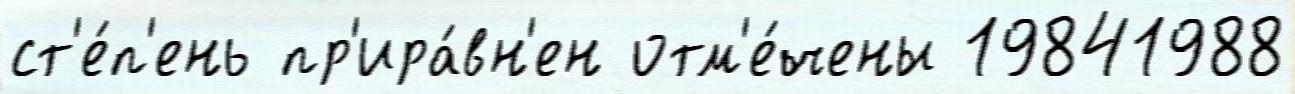
ст'е́п'ень пр'ира́вн'ен отм'е́чены 19841988